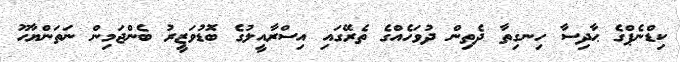
ކިޑްނެޕްގެ ޙާދިސާ ހިނގިތާ ދެތިން ދުވަހެއްގެ ތެރޭގައި އިސްރާއީލުގެ ބޮޑުވަޒީރު ބެންޖަމިން ނަތަންޔާހޫ